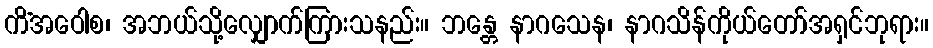
ကိံအဝေါစ၊ အဘယ်သို့လျှောက်ကြားသနည်း။ ဘန္တေ နာဂသေန၊ နာဂသိန်ကိုယ်တော်အရှင်ဘုရား။